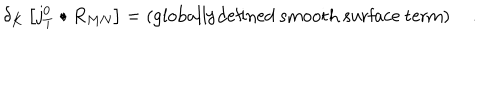
LaTeX: \delta _ { K } \left[ j _ { T } ^ { 0 } \bullet R _ { M N } \right] = \left( \mathrm { g l o b a l l y d e f i n e d ~ s m o o t h ~ s u r f a c e ~ t e r m } \right) \quad .